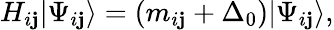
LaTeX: H_{i\mathbf{j}}|\Psi_{i\mathbf{j}}\rangle=(m_{i\mathbf{j}}+\Delta_{0})|\Psi_{i\mathbf{j}}\rangle,